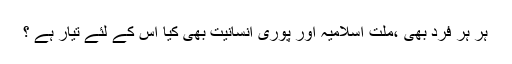
ہر ہر فرد بھی ،ملت اسلامیہ اور پوری انسانیت بھی کیا اس کے لئے تیار ہے ؟